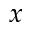
x